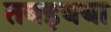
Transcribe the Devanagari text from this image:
तबइयया